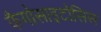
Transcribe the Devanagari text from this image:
फैगोसाइटोसिस